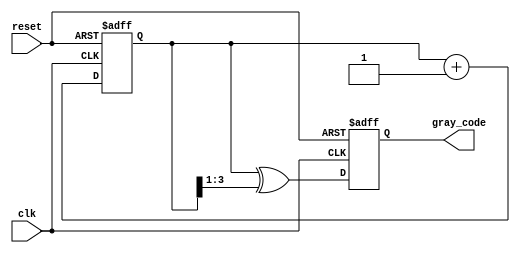
module gray_code_counter #(
    parameter n = 4  // Parameter for the number of bits
)(
    input wire clk,               // Clock input
    input wire reset,             // Asynchronous reset
    output reg [n-1:0] gray_code  // n-bit Gray Code output
);

    reg [n-1:0] binary_counter;   // n-bit binary counter

    // Asynchronous reset and binary counter increment
    always @(posedge clk or posedge reset) begin
        if (reset) begin
            binary_counter <= 0;    // Initialize binary counter to 0
            gray_code <= 0;         // Initialize Gray Code output to 0
        end else begin
            binary_counter <= binary_counter + 1; // Increment binary counter
            gray_code <= binary_counter ^ (binary_counter >> 1); // Convert to Gray Code
        end
    end

endmodule